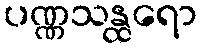
ပဏ္ဏသန္ထရော